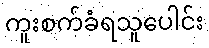
ကူးစက်ခံရသူပေါင်း